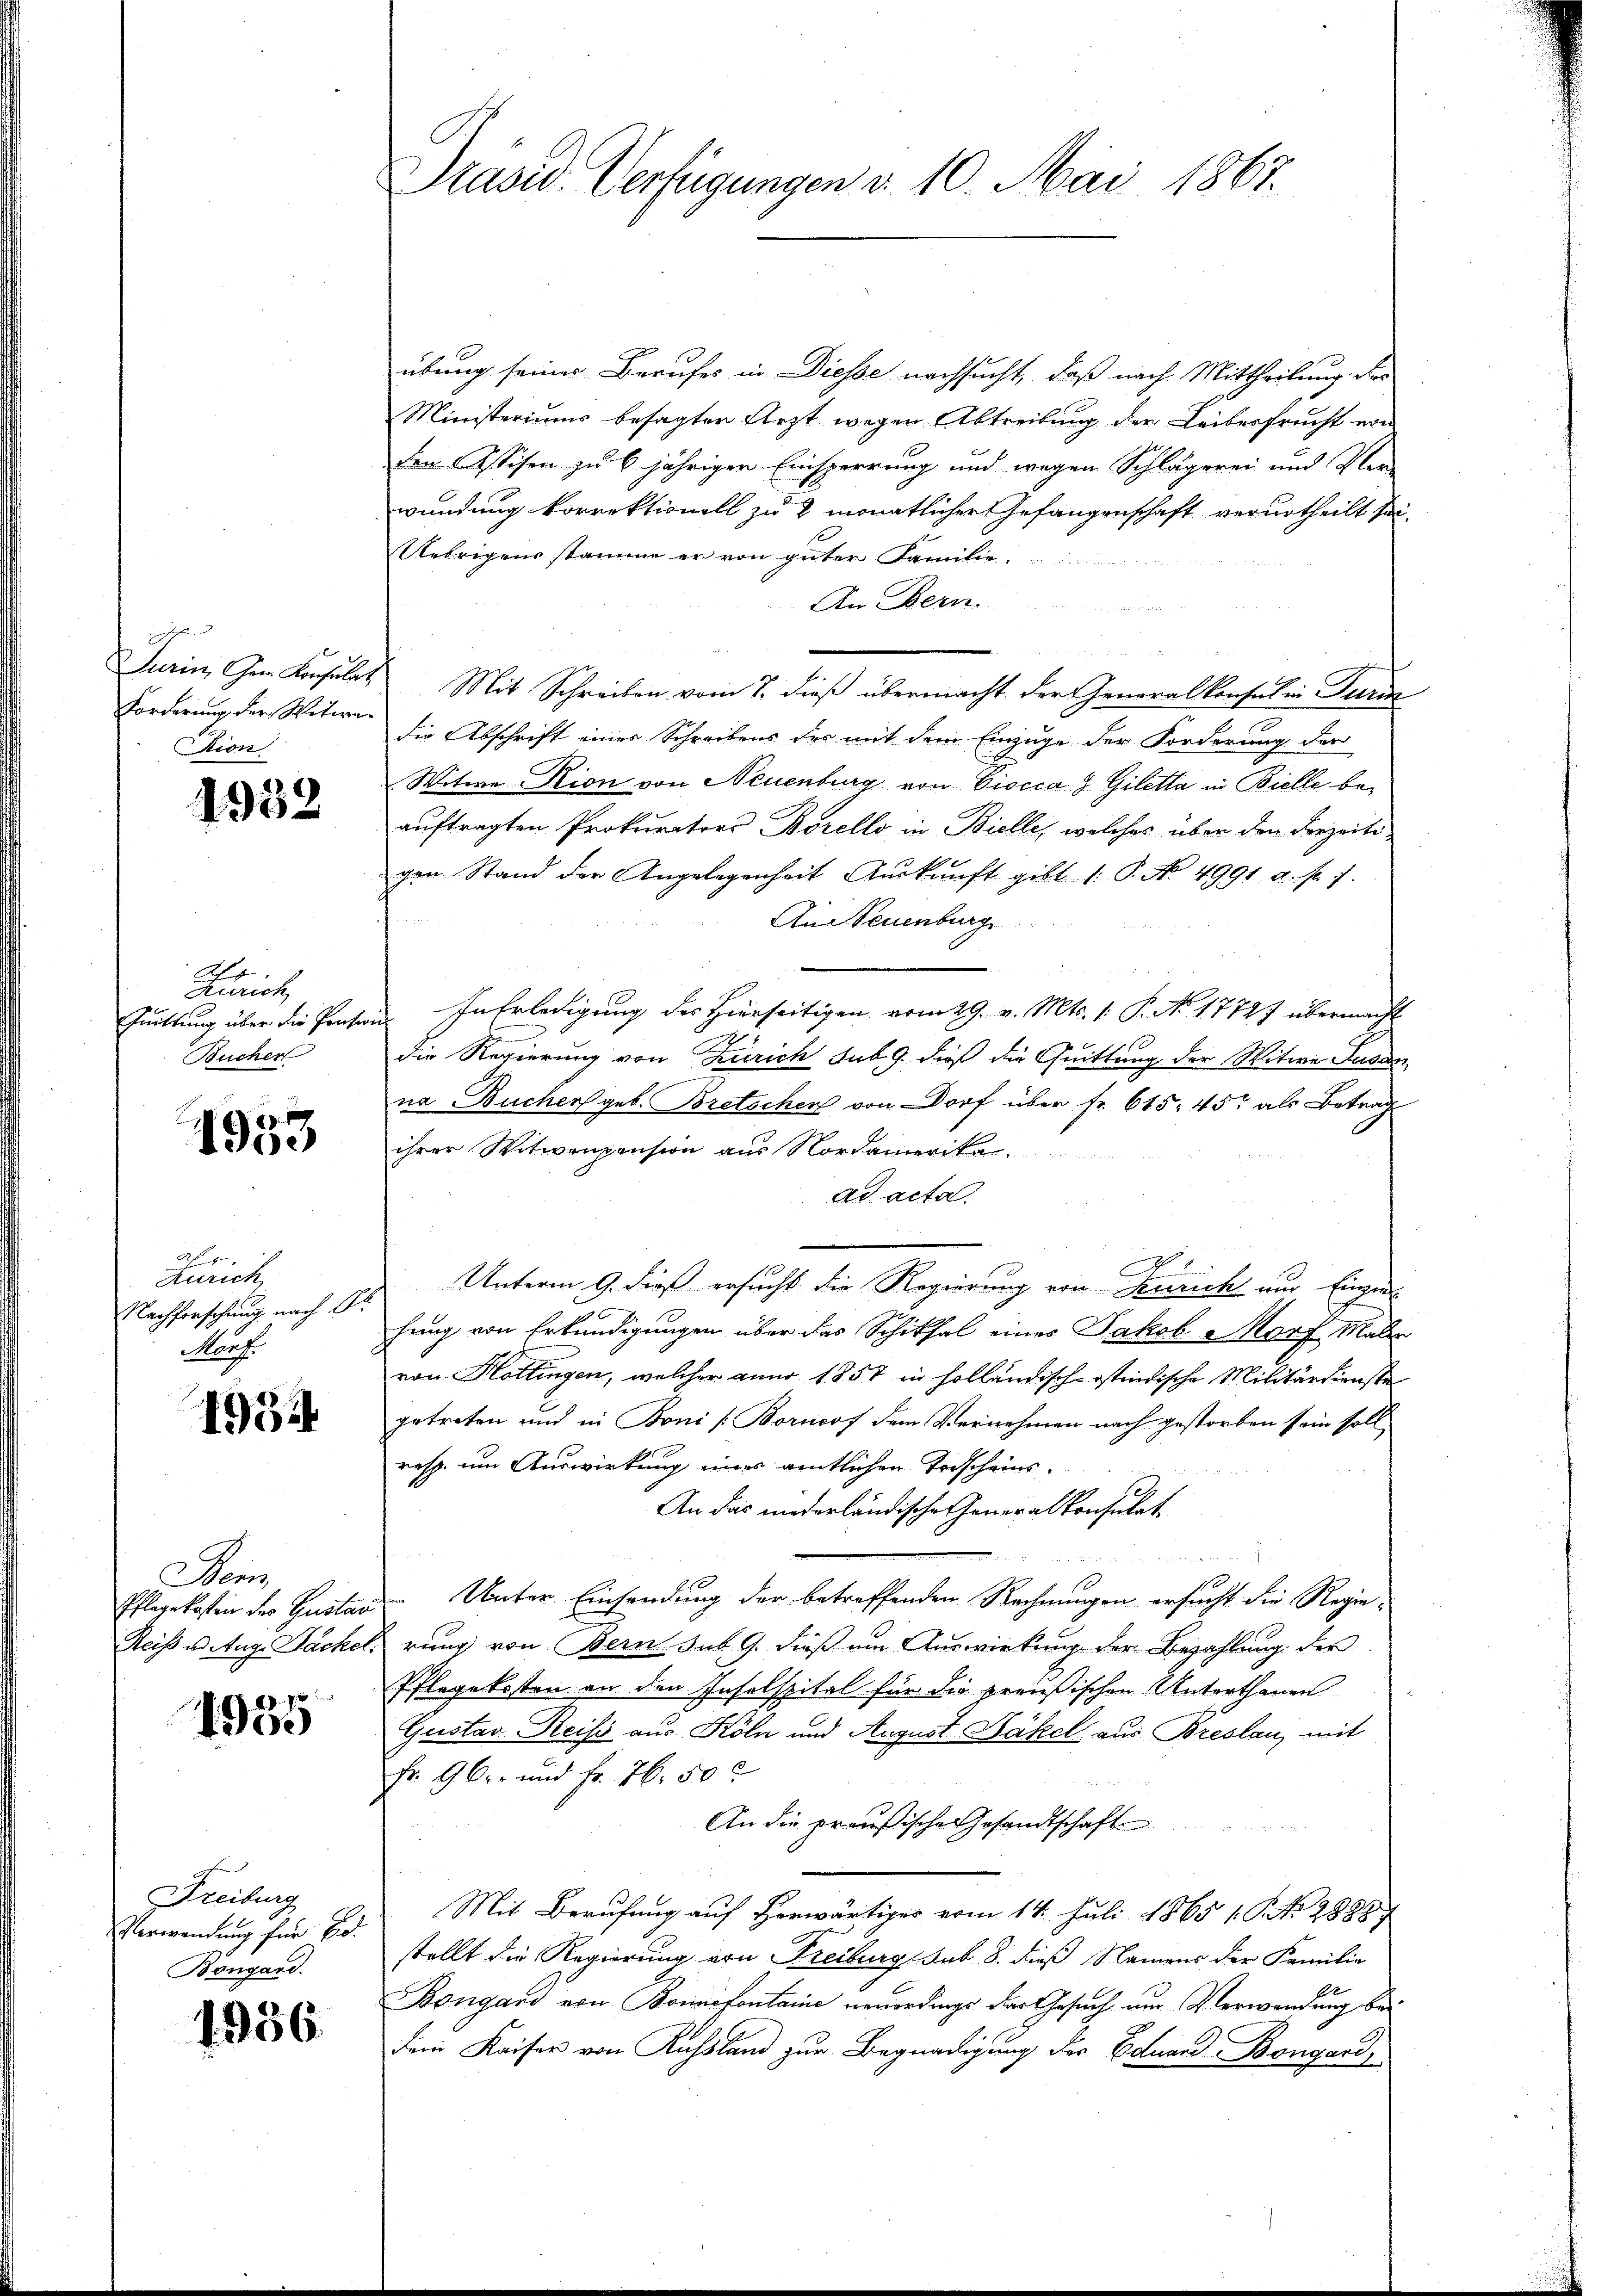
e
Jurin, Gem Konsulat
Forderung der Witweion

1952

A
Zürich
Quittung über die Präse
Bucher

1953

f 7
Zürich
Nachforschung nach Gr
Manf

1934

Denis
Pflegekosten der Gustan
Reiss u. Aug. Packel.

2. 95
1900

Freiburg
Verwendung für Ed.
Bongard.

1956.

Präsid. Verfügungen d. 10. Mai 1867.

übung seiner Berufes in Diesse nachsucht, daß nach Mittheilung der
Ministeriums besagter Arzt wegen Abtreibung der Leibesfrucht von
den Assisen zu 6 jähriger Einsperrung und wegen Schlägerei und Ver-
wendung korrektionell zu 2 monatlicher Gefangenschaft verurtheilt sei-
Uebrigens stamme er von guter Familie.
An Bern.
un
¬
Mit Schreiben vom 7. dieß übermacht der Generalkonsul in Turck
die Abschrift einer Schreibens der mit dem Einzuge der Forderung der
Witwe Kion von Neuenburg von Cicca. J. Giletta in Bielle beauftragten Prokurators Borello, in Bielle, welches über den derzeitigen Stand der Angelegenheit Aŭskŭnft gibt /: P. No. 4991 u. fr. 7.
An Neuenburg
In Erledigung des Hierseitigen vom 29. v. Mts. 1. P. No. 17747 übermacht
die Regierung von Zürich sub 9. dieß die Quittung der Witwe Susan
na Bucher geb. Bretscher von Dorf über fr. 615. 45 als Betrag
ihrer Witwenpension aus Nordamerika
ad acta.
7
Unterm 9. dieß ersucht die Regierung von Kurich nur Einziel
hung von Erkundigungen über das Schiksal eines Jakob Morf Maler
von Hottingen, welcher anno 1857 in holländisch-ostindische Militärdienste
getreten und in Boni [Borncof dem Vernehmen nach gestorben sein soll,
resp. um Auswirkung einer amtlichen Torscheins-
An das niederländische Generalkonsulat
Unter Einsendung der betreffenden Rechnungen ersucht die Regierung von Bern sub. 9. dieß um Auswirkung der Bezahlung der
Pflegekosten an den Insolspital für die preußischen Unterthanen
Gustav Reiss aus Köln und August Bäkel aus Breslau, mit
Fr. 9. Ort und Fr. 76. 50
An die preußische Gesandtschaft
Mit Berufung auf Horwärtiger vom 14. Juli 1865 1 S. Nr. 28887
stellt die Regierung von Freiburg sub. 8. dieß Namens der Familie
Bongard von Bonnofontaine vorerdings der Gesuch um Verwandung bei
Ferie Kaiser von Russland zur Begnadigung der Eduard Bongard,